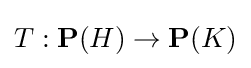
T:\mathbf {P} (H)\to \mathbf {P} (K)